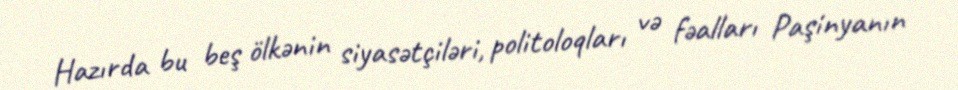
Hazırda bu beş ölkənin siyasətçiləri, politoloqları və fəalları Paşinyanın